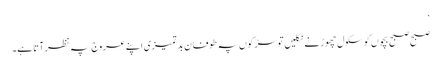
‘
صبح صبح بچوں کو سکول چھوڑنے نکلیں تو سڑکوں پہ طوفان بدتمیزی اپنے عروج پہ نظر آتا ہے۔